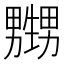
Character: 𱰛